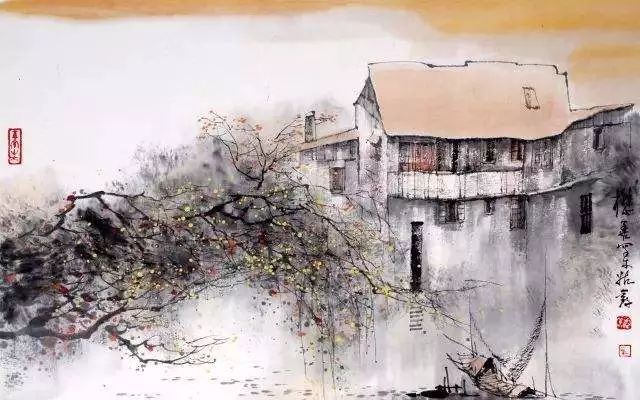
小楼一夜听春雨，深巷明朝卖杏花。